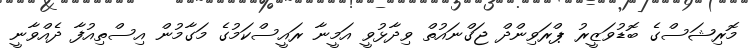
މޮރިޝަސްގެ ބޮޑުވަޒީރު ޕްރަވިންދް ޖަގްނައުތް ވިދާޅުވީ އަމީނާ ރައީސްކަމުގެ މަގާމުން އިސްތިއުފާ ދެއްވާނީ